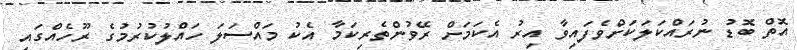
އޮތް ބޮޑު ނުރައްކަލަކަށްވެފައިވާ އިރު އެކަމަށް ރޭވުންތެރިކަމާ އެކު މައްސަލަ ހައްލުކުރުމުގެ ރޫހެއްގައި